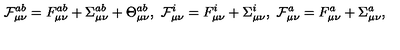
{ \cal F } _ { \mu \nu } ^ { a b } = F _ { \mu \nu } ^ { a b } + \Sigma _ { \mu \nu } ^ { a b } + \Theta _ { \mu \nu } ^ { a b } , \ { \cal F } _ { \mu \nu } ^ { i } = F _ { \mu \nu } ^ { i } + \Sigma _ { \mu \nu } ^ { i } , \ { \cal F } _ { \mu \nu } ^ { a } = F _ { \mu \nu } ^ { a } + \Sigma _ { \mu \nu } ^ { a } ,